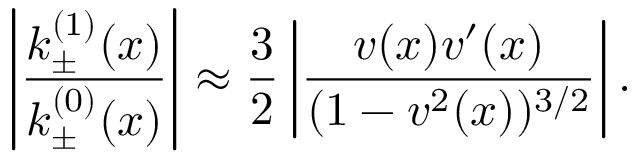
\left| \frac { k _ { \pm } ^ { ( 1 ) } ( x ) } { k _ { \pm } ^ { ( 0 ) } ( x ) } \right| \approx \frac { 3 } { 2 } \left| \frac { v ( x ) v ^ { \prime } ( x ) } { ( 1 - v ^ { 2 } ( x ) ) ^ { 3 / 2 } } \right| .